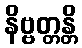
နိဗ္ဗတ္တန္တိ